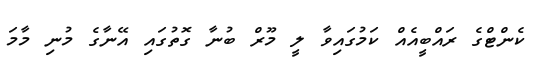
ކެންޓްގެ ރައްބީއެއް ކަމުގައިވާ ލީ މޫރް ބުނާ ގޮތުގައި އޭނާގެ މުނި މާމަ